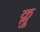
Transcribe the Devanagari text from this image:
क्लु